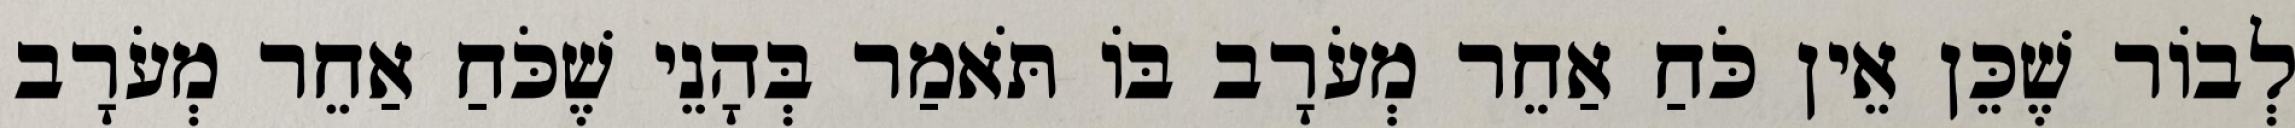
לְבוֹר שֶׁכֵּן אֵין כֹּחַ אַחֵר מְעֹרָב בּוֹ תֹּאמַר בְּהָנֵי שֶׁכֹּחַ אַחֵר מְעֹרָב